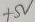
Text: +5V